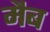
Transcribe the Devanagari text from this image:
मैब